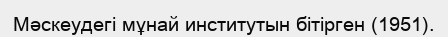
Мәскеудегі мұнай институтын бітірген (1951).